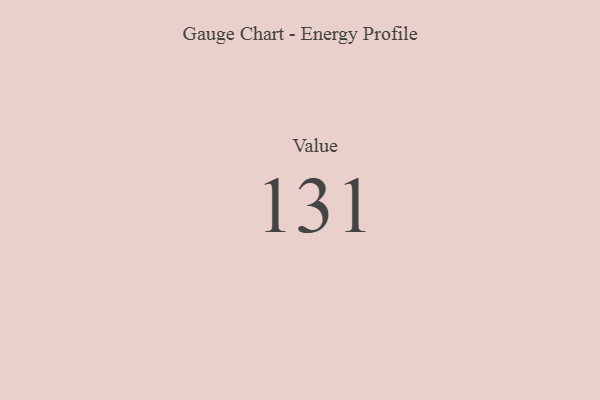
{"axis": {"x": "Metric", "y": "Value"}, "legend": [""], "data": [{"x": "Value", "y": 131, "type": ""}]}